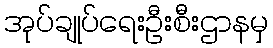
အုပ်ချုပ်ရေးဦးစီးဌာနမှ